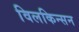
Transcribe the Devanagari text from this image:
विलकिन्सन